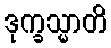
ဒုက္ခသ္မာတိ